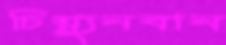
চিয়্যুনবান